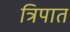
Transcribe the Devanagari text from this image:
त्रिपात